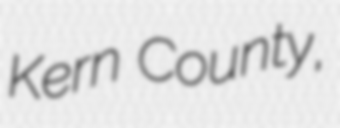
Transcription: Kern County,